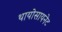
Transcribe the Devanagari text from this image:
थायोसायनेट